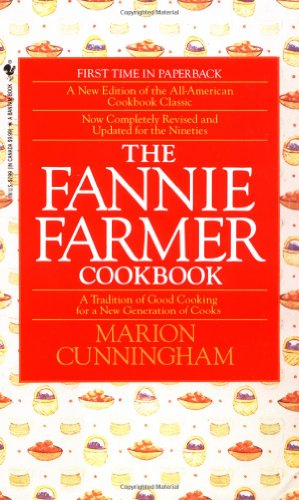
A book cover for The Fannie Farmer Cookbook; Marion Cunningham; Reference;